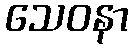
သေဝနာ